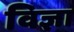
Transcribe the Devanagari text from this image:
विज्ञा